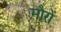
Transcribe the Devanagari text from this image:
मौरों